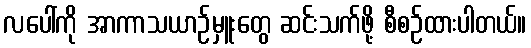
လပေါ်ကို အာကာသယာဉ်မှူးတွေ ဆင်းသက်ဖို့ စီစဉ်ထားပါတယ်။